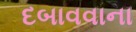
દબાવવાના